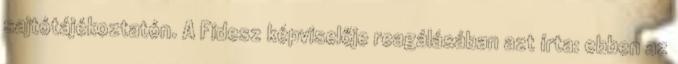
sajtótájékoztatón. A Fidesz képviselője reagálásában azt írta: ebben az